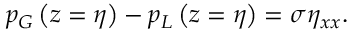
p _ { G } \left( z = \eta \right) - p _ { L } \left( z = \eta \right) = \sigma \eta _ { x x } .